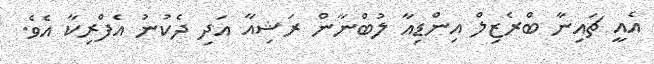
އެއީ ޗައިނާ ބްރެޒިލް އިންޑިއާ ލުބްނާން ރަޝިއާ އަދި ދެކުނު އެފްރިކާ އެވެ.